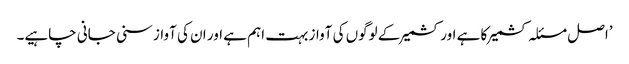
’اصل مسئلہ کشمیر کا ہے اور کشمیر کے لوگوں کی آواز بہت اہم ہے اور ان کی آواز سنی جانی چاہیے۔